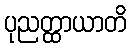
ပုညတ္ထာယာတိ